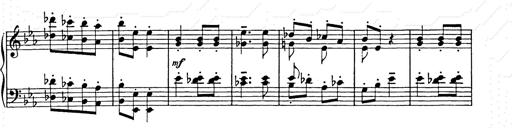
Title: Hungarian Rhapsody No.9
Composer: Franz Liszt
Key: E-flat major